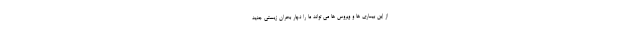
از این بیماری ها و ویروس ها می تواند ما را دچار بحران زیستی جدید